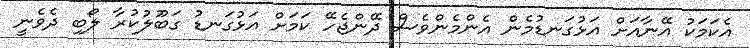
އެކަމަކު އޭނާއަށް އަޅުގަނޑުމެން އެންމެންވެސް ދޭންޖެހޭ ކަމަށް އަޅުގަނޑު ގަބޫލުކުރާ ލޯބި ދެވެނީ